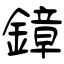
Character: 鏱